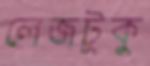
লেজটুকু